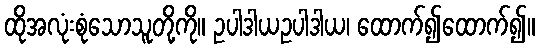
ထိုအလုံးစုံသောသူတို့ကို။ ဥပါဒါယဥပါဒါယ၊ ထောက်၍ထောက်၍။